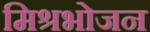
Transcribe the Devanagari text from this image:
मिश्रभोजन